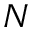
N